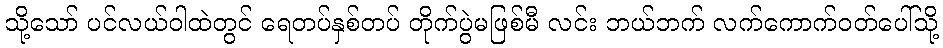
သို့သော် ပင်လယ်ဝါထဲတွင် ရေတပ်နှစ်တပ် တိုက်ပွဲမဖြစ်မီ လင်း ဘယ်ဘက် လက်ကောက်ဝတ်ပေါ်သို့